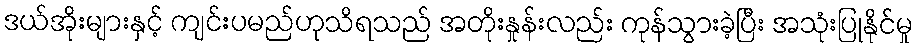
ဒယ်အိုးများနှင့် ကျင်းပမည်ဟုသိရသည် အတိုးနှုန်းလည်း ကုန်သွားခဲ့ပြီး အသုံးပြုနိုင်မှု